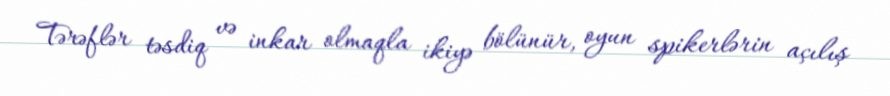
Tərəflər təsdiq və inkar olmaqla ikiyə bölünür, oyun spikerlərin açılış